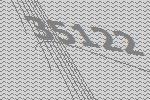
35122